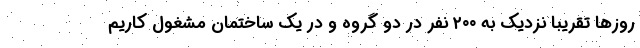
روزها تقریبا نزدیک به ۲۰۰ نفر در دو گروه و در یک ساختمان مشغول کاریم